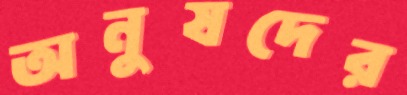
অনুষদের